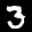
Label: 3